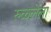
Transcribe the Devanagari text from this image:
रुळलेला